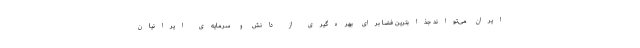
ایران می‌تواند جذابترین فضا برای بهره‌گیری از دانش و سرمایه‌ی ایرانیان